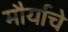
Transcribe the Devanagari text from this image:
मौर्याचे